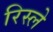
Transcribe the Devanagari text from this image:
रिस्ले